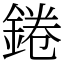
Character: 錈